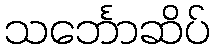
သင်္ဘောဆိပ်